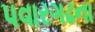
પવારગઢના